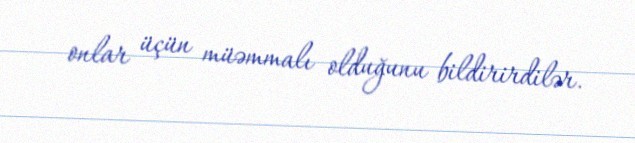
onlar üçün müəmmalı olduğunu bildirirdilər.